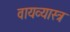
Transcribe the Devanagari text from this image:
वायव्‍यास्‍त्र